Scottish Leaving Certificate Examination, 1960
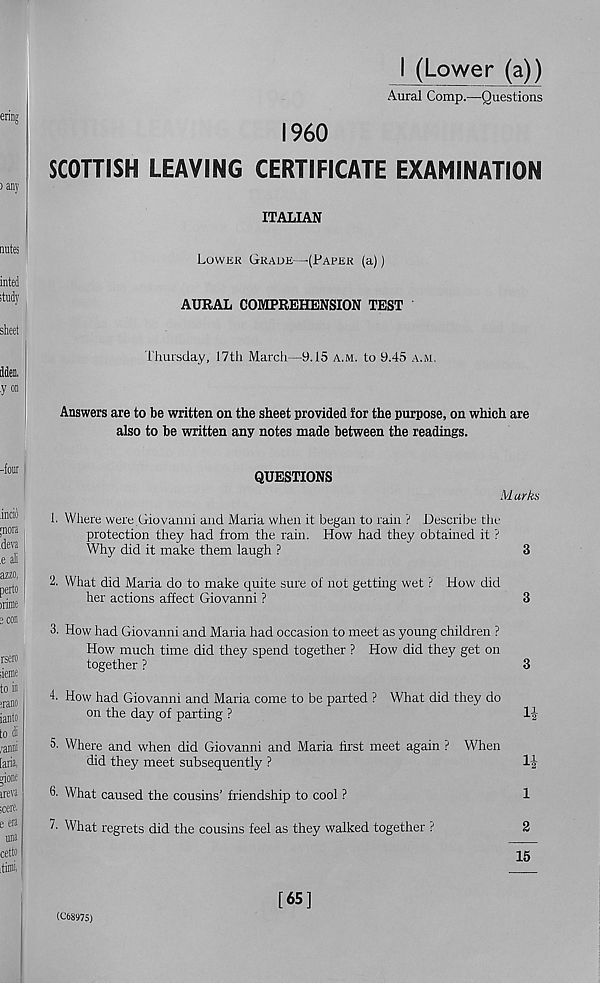
I (Lower (a))
Aural Comp.—Questions
I960
SCOTTISH LEAVING CERTIFICATE EXAMINATION
ITALIAN
Lowek Grade—-(Paper (a))
AURAL COMPREHENSION TEST
Thursday, 17th March—9.15 a.m. to 9.45 a.m.
Answers are to be written on the sheet provided for the purpose, on which are
also to be written any notes made between the readings.
QUESTIONS
M arks
1. Where were Giovanni and Maria when it began to rain ? Describe the
protection they had from the rain. How had they obtained it ?
Why did it make them laugh ?
3
2. What did Maria do to make quite sure of not getting wet ? How did
her actions affect Giovanni ?
3
3. How had Giovanni and Maria had occasion to meet as young children ?
How much time did they spend together ? How did they get on
together ?
3
4. How had Giovanni and Maria come to be parted ? What did they do
on the day of parting ?
1|
5. Where and when did Giovanni and Maria first meet again ? When
did they meet subsequently ?
li
6- What caused the cousins’ friendship to cool ?
1
b What regrets did the cousins feel as they walked together ?
2
15
(C68975)
[65]